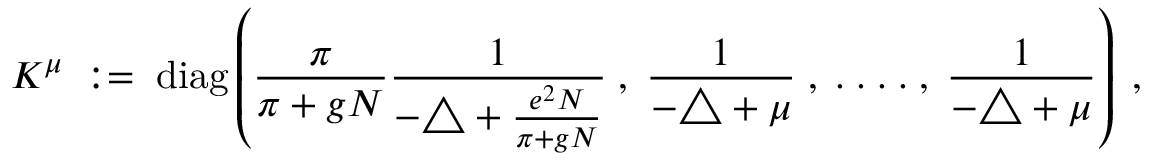
K ^ { \mu } \; : = \; \mathrm { d i a g } \left( \frac { \pi } { \pi + g N } \frac { 1 } { - \triangle + \frac { e ^ { 2 } N } { \pi + g N } } \; , \; \frac { 1 } { - \triangle + \mu } \; , \; . \; . \; . \; . \; , \; \frac { 1 } { - \triangle + \mu } \right) \; ,